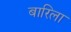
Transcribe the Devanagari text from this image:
बारिला